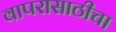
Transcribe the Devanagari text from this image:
वापरासाठीचा